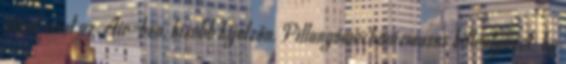
pixel, mint az Air-ben, kisebb kijelzőn. Pillangómechanizmusos billentyűzet: ha